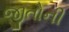
જીતોની